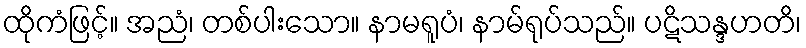
ထိုကံဖြင့်။ အညံ၊ တစ်ပါးသော။ နာမရူပံ၊ နာမ်ရုပ်သည်။ ပဋိသန္ဒဟတိ၊